Bréfritari: Einar Ásmundsson
Viðtakandi: Jón Borgfirðings Jónsson
Dagsetning: A-1859-05-30
Skrifað á: Nesi  S-Þing.

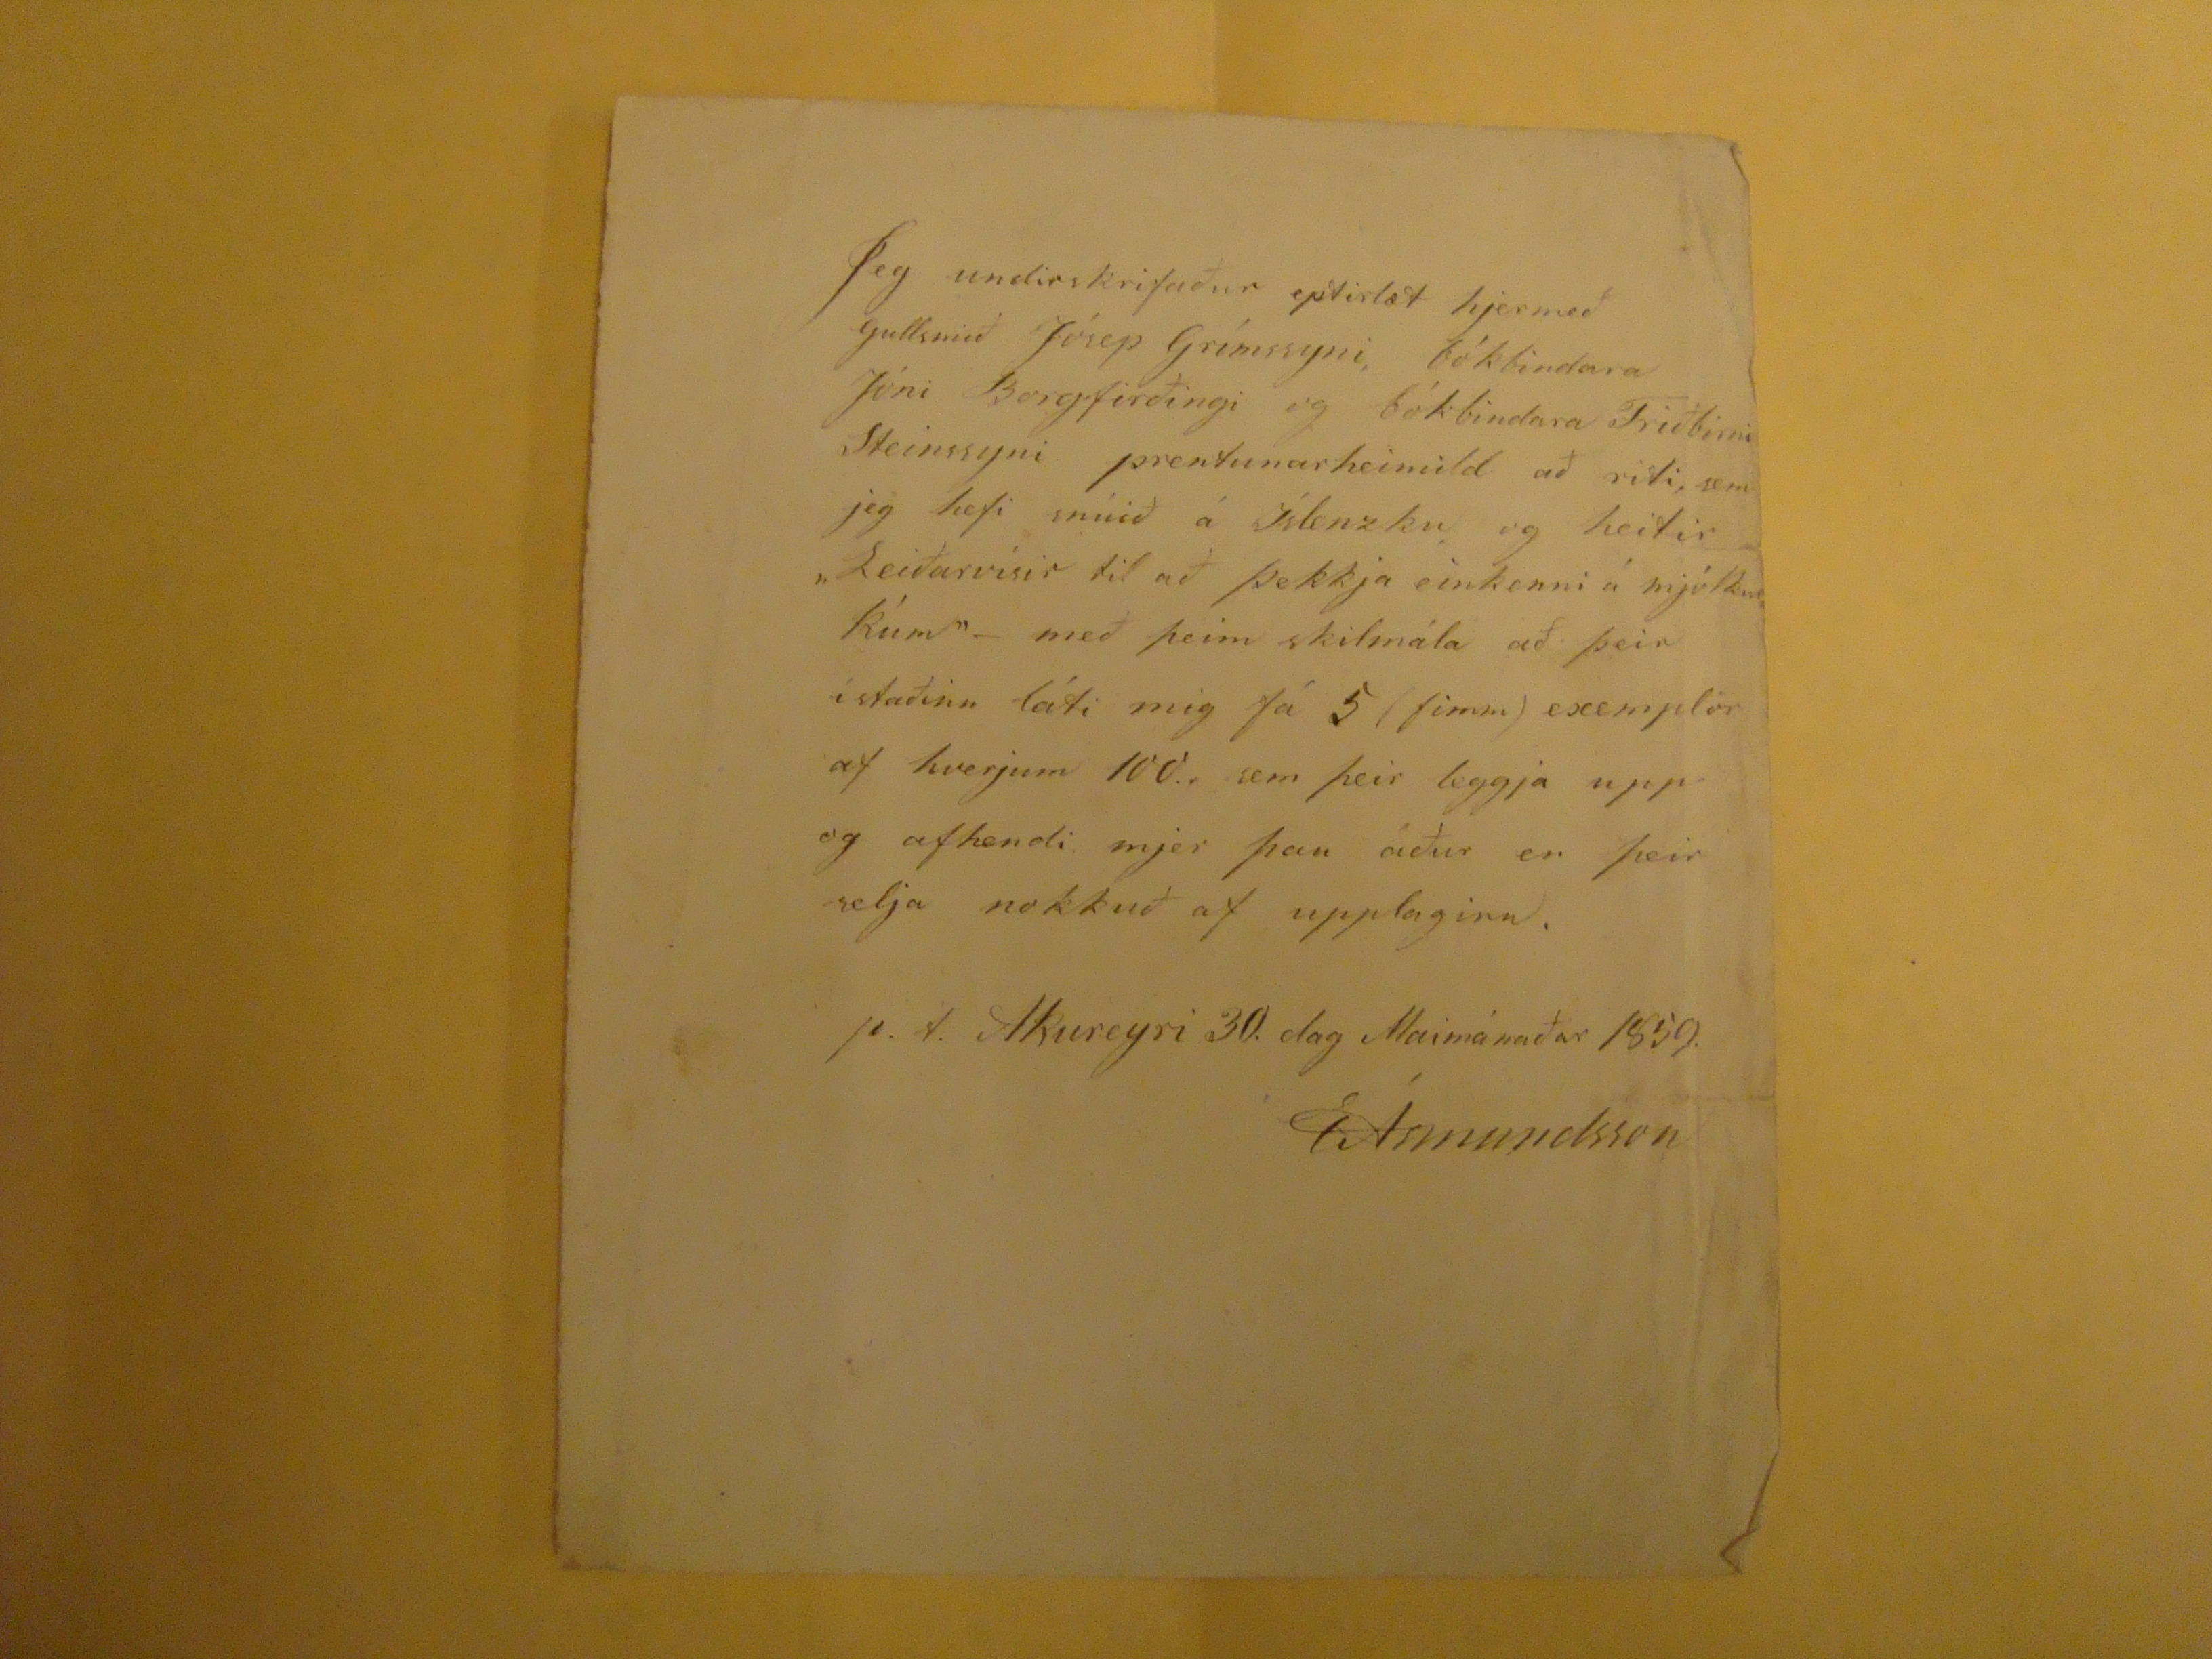

Jeg undirskrifaður eptirlæt hjermeð gullsmið Jósep Grímssyni, bókbindara Jóni Borgfirðingi og bókbindara Friðbirni Steinssyni prentunarheimild að riti, sem jeg hefi snúið á Íslenzku, og heitir "Leiðarvísir til að þekkja einkenni á mjólkurkúm"- með þeim skilmála að þeir í staðinn láti mig fá 5 (fimm) exemplör af hverjum 100., sem þeir leggja upp og afhendi mjer þau áður en þeir selja nokkuð af upplaginu.
p.t. Akureyri 30. dag Maimánaðar 1859.
EÁsmundsson